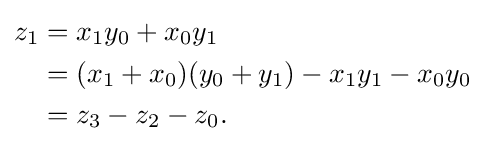
{\begin{aligned}z_{1}&=x_{1}y_{0}+x_{0}y_{1}\\&=(x_{1}+x_{0})(y_{0}+y_{1})-x_{1}y_{1}-x_{0}y_{0}\\&=z_{3}-z_{2}-z_{0}.\\\end{aligned}}